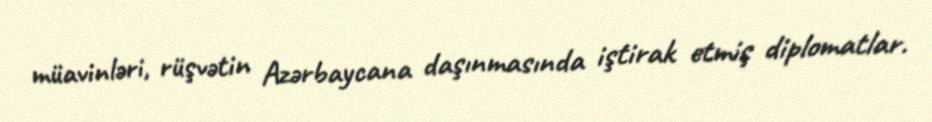
müavinləri, rüşvətin Azərbaycana daşınmasında iştirak etmiş diplomatlar.